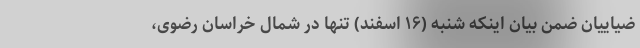
ضیاییان ضمن بیان اینکه شنبه (۱۶ اسفند) تنها در شمال خراسان رضوی،